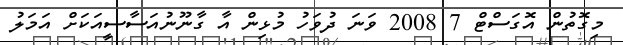
މިގޮތުން އޮގަސްޓް 7 2008 ވަނަ ދުވަހު މުޅިން އާ ގާނޫނުއަސާސީއަކަށް އަމަލު